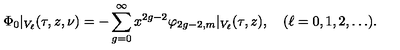
\Phi _ { 0 } \vert _ { V _ { \ell } } ( \tau , z , \nu ) = - \sum _ { g = 0 } ^ { \infty } x ^ { 2 g - 2 } \varphi _ { 2 g - 2 , m } \vert _ { V _ { \ell } } ( \tau , z ) , \quad ( \ell = 0 , 1 , 2 , \ldots ) .